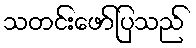
သတင်းဖော်ပြသည်